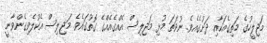
މަޖިލީހުގެ މަތިގެއަކާއި ދަށުގެއެވެ. ނުވަތަ މުޅި މަޖިލިސް އެއްގެއެއްގެ ގޮތުގައެވެ. މަޖިލިސް އެކުލެވިގެންވާނީ